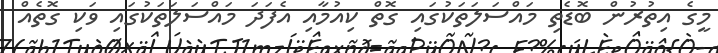
މީގެ އިތުރުން ބޮޑެތި މައްސަލަތަކުގައި ގޮތް ކިއުމާއި އެފަދަ މައްސަލަތަކުގައި ވަކި ގޮތެއް